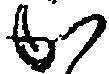
か